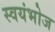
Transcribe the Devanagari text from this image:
स्वयंभोज